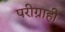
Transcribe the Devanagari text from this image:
परीग्राही